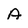
Character: A